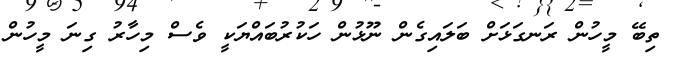
ތިބޭ މީހުން ރަނގަޅަށް ބަލައިގެން ނޫޅުން ހަކުރުބައްޔަކީ ވެސް މިހާރު ގިނަ މީހުން